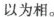
以为相。